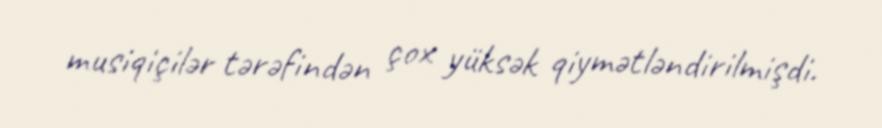
musiqiçilər tərəfindən çox yüksək qiymətləndirilmişdi.